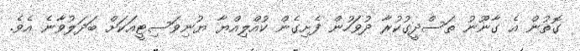
ގޮތުން އެ ގާނޫނު ތަސްދީގުކުރާ ދުވަހުން ފެށިގެން ކުއްލިއްޔާ ޔުނިވަސިޓީއަކަށް ބަދަލުވާނެ އެވެ.